Lunatic asylums in Bengal annual reports 1912-1924 - 1912-1924
Year: 1912
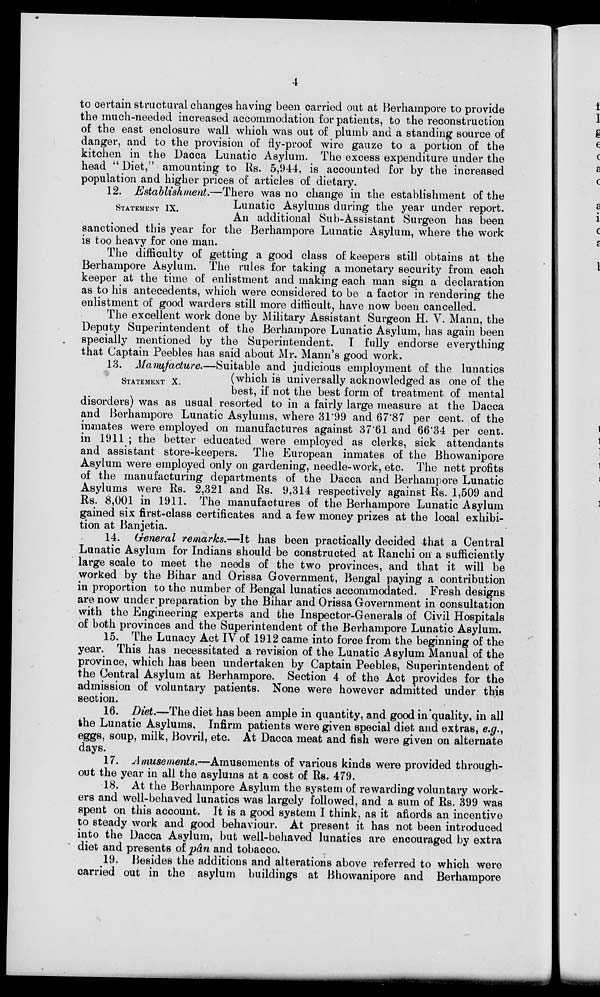
4
to certain structural changes having been carried out at Berhampore to provide
the much-needed increased accommodation for patients, to the reconstruction
of the east enclosure wall which was out of plumb and a standing source of
danger, and to the provision of fly-proof wire gauze to a portion of the
kitchen in the Dacca Lunatic Asylum. The excess expenditure under the
head " Diet," amounting to Rs. 5,944, is accounted for by the increased
population and higher prices of articles of dietary.
STATEMENT IX.
12. Establishment.—There was no change in the establishment of the
Lunatic Asylums during the year under report.
An additional Sub-Assistant Surgeon has been
sanctioned this year for the Berhampore Lunatic Asylum, where the work
is too heavy for one man.
The difficulty of getting a good class of keepers still obtains at the
Berhampore Asylum. The rules for taking a monetary security from each
keeper at the time of enlistment and making each man sign a declaration
as to his antecedents, which were considered to be a factor in rendering the
enlistment of good warders still more difficult, have now been cancelled.
The excellent work done by Military Assistant Surgeon H. V. Mann, the
Deputy Superintendent of the Berhampore Lunatic Asylum, has again been
specially mentioned by the Superintendent. I fully endorse everything
that Captain Peebles has said about Mr. Mann's good work.
STATEMENT X.
13. Manufacture.—Suitable and judicious employment of the lunatics
(which is universally acknowledged as one of the
best, if not the best form of treatment of mental
disorders) was as usual resorted to in a fairly large measure at the Dacca
and Berhampore Lunatic Asylums, where 31.99 and 67.87 per cent. of the
inmates were employed on manufactures against 37.61 and 66.34 per cent.
in 1911 ; the better educated were employed as clerks, sick attendants
and assistant store-keepers. The European inmates of the Bhowanipore
Asylum were employed only on gardening, needle-work, etc. The nett profits
of the manufacturing departments of the Dacca and Berhampore Lunatic
Asylums were Rs. 2,321 and Rs. 9.314 respectively against Rs. 1,509 and
Rs. 8,001 in 1911. The manufactures of the Berhampore Lunatic Asylum
gained six first-class certificates and a few money prizes at the local exhibi-
tion at Banjetia.
14. General remarks.—It has been practically decided that a Central
Lunatic Asylum for Indians should be constructed at Ranchi on a sufficiently
large scale to meet the needs of the two provinces, and that it will be
worked by the Bihar and Orissa Government, Bengal paying a contribution
in proportion to the number of Bengal lunatics accommodated. Fresh designs
are now under preparation by the Bihar and Orissa Government in consultation
with the Engineering experts and the Inspector-Generals of Civil Hospitals
of both provinces and the Superintendent of the Berhampore Lunatic Asylum.
15. The Lunacy Act IV of 1912 came into force from the beginning of the
year. This has necessitated a revision of the Lunatic Asylum Manual of the
province, which has been undertaken by Captain Peebles, Superintendent of
the Central Asylum at Berhampore. Section 4 of the Act provides for the
admission of voluntary patients. None were however admitted under this
section.
16. Diet.—The diet has been ample in quantity, and good in quality, in all
the Lunatic Asylums, Infirm patients were given special diet and extras, e.g.,
eggs, soup, milk, Bovril, etc. At Dacca meat and fish were given on alternate
days.
17. Amusements.—Amusements of various kinds were provided through-
out the year in all the asylums at a cost of Rs. 479.
18. At the Berhampore Asylum the system of rewarding voluntary work-
ers and well-behaved lunatics was largely followed, and a sum of Rs. 399 was
spent on this account. It is a good system I think, as it affords an incentive
to steady work and good behaviour. At present it has not been introduced
into the Dacca Asylum, but well-behaved lunatics are encouraged by extra
diet and presents of pân and tobacco.
19. Besides the additions and alterations above referred to which were
carried out in the asylum buildings at Bhowanipore and Berhampore